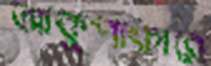
আকুপাংচারে